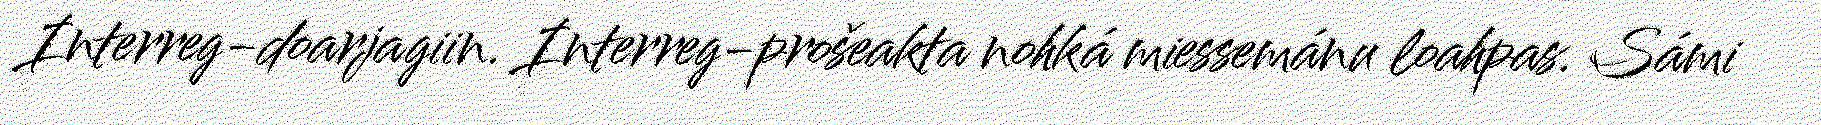
Interreg-doarjagiin. Interreg-prošeakta nohká miessemánu loahpas. Sámi